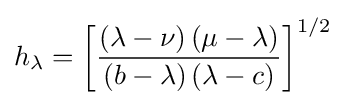
h_{\lambda }=\left[{\frac {\left(\lambda -\nu \right)\left(\mu -\lambda \right)}{\left(b-\lambda \right)\left(\lambda -c\right)}}\right]^{1/2}